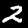
Digit: 2